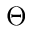
\Theta